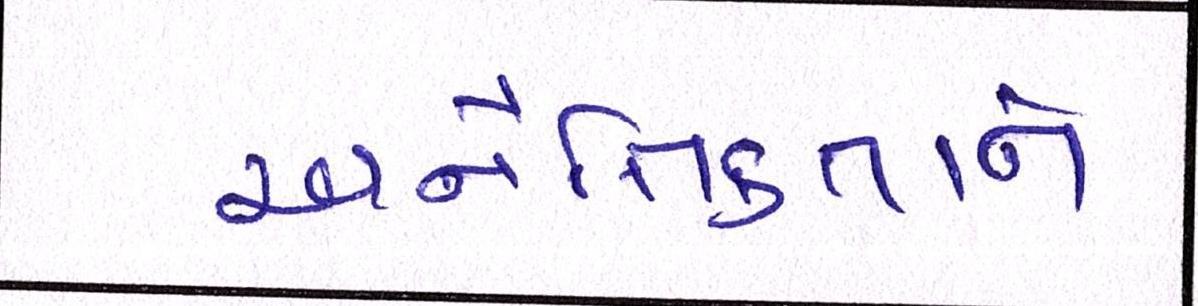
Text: અનૈતિકતાને